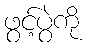
ဖွင့်ပွဲကို